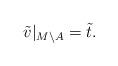
LaTeX: \begin{align*}\tilde v|_{M \setminus A} = \tilde t.\end{align*}